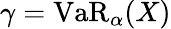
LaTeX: \gamma=\operatorname{VaR}_{\alpha}(X)